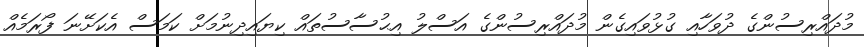
މުދައްރިސުންގެ ދުވަހާއި ގުޅުވައިގެން މުދައްރިސުންގެ އަސްލު އިޙުސާސުތައް ކިޔައިދިނުމަށް ކަމަސް އެކަށޭނަ ފޯރަމެއް